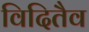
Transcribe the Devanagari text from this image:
विदितैव